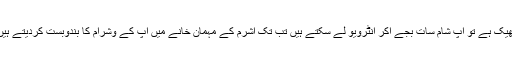
ٹھیک ہے تو آپ شام سات بجے آکر انٹرویو لے سکتے ہیں تب تک آشرم کے مہمان خانے میں آپ کے وشرام کا بندوبست کردیتے ہیں۔